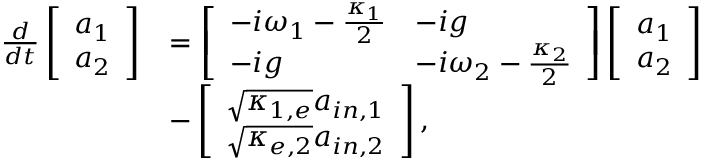
\begin{array} { r l } { \frac { d } { d t } \left[ \begin{array} { l } { a _ { 1 } } \\ { a _ { 2 } } \end{array} \right] } & { = \left[ \begin{array} { l l } { - i \omega _ { 1 } - \frac { \kappa _ { 1 } } { 2 } } & { - i g } \\ { - i g } & { - i \omega _ { 2 } - \frac { \kappa _ { 2 } } { 2 } } \end{array} \right] \left[ \begin{array} { l } { a _ { 1 } } \\ { a _ { 2 } } \end{array} \right] } \\ & { - \left[ \begin{array} { l } { \sqrt { \kappa _ { 1 , e } } a _ { i n , 1 } } \\ { \sqrt { \kappa _ { e , 2 } } a _ { i n , 2 } } \end{array} \right] , } \end{array}